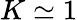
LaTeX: K\simeq 1